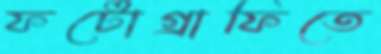
ফটোগ্রাফিতে